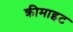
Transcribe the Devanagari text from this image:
क्रीमाइट